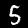
Digit: 5